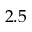
2 . 5